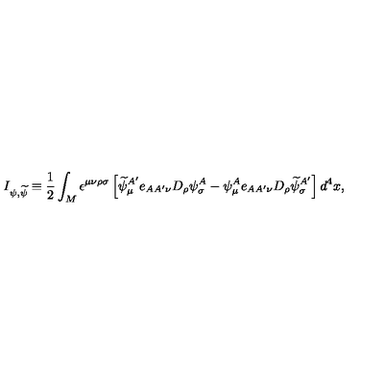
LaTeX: I _ { \psi , { \widetilde \psi } } \equiv { \frac { 1 } { 2 } } \int _ { M } \epsilon ^ { \mu \nu \rho \sigma } \left[ { \widetilde \psi } _ { \mu } ^ { A ^ { \prime } } e _ { A A ^ { \prime } \nu } D _ { \rho } \psi _ { \sigma } ^ { A } - \psi _ { \mu } ^ { A } e _ { A A ^ { \prime } \nu } D _ { \rho } { \widetilde \psi } _ { \sigma } ^ { A ^ { \prime } } \right] d ^ { 4 } x ,